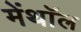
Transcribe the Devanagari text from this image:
मेंथॉल